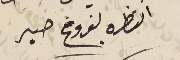
انتظره بفروغ صبر